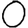
Digit: 0